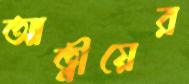
আত্নীয়ের